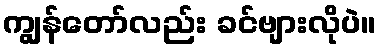
ကျွန်တော်လည်း ခင်ဗျားလိုပဲ။